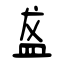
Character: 盋